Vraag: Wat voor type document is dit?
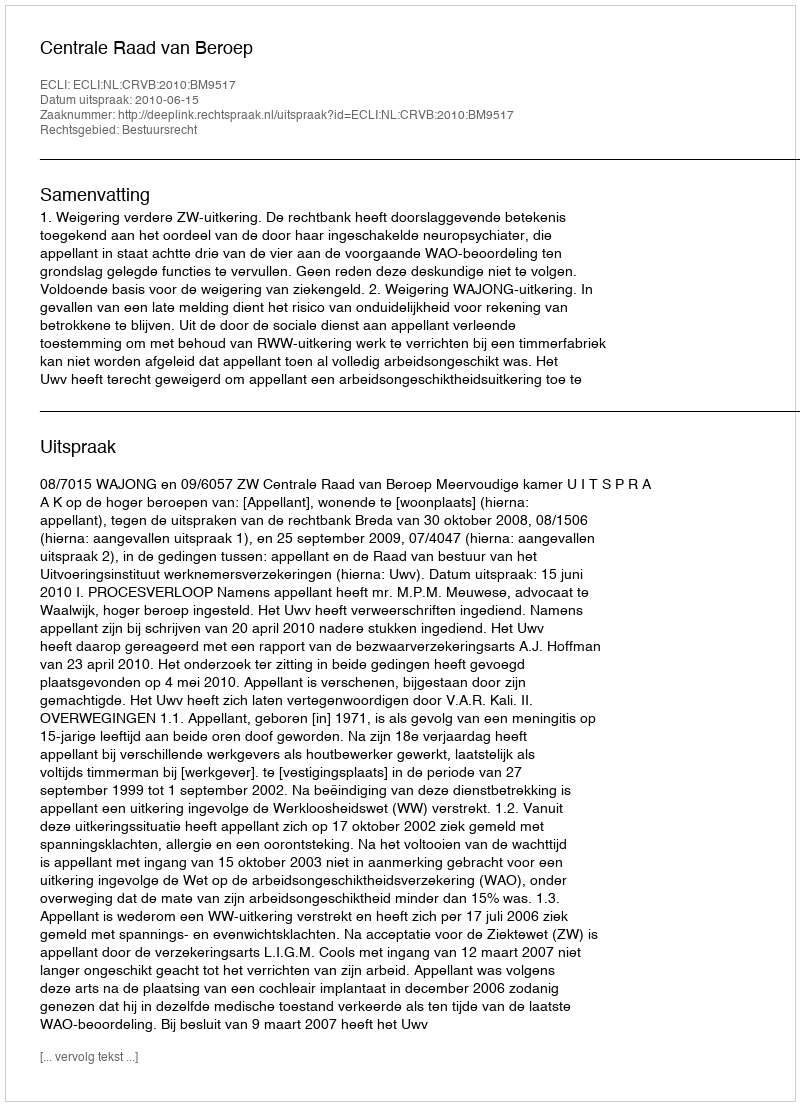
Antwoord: Uitspraak